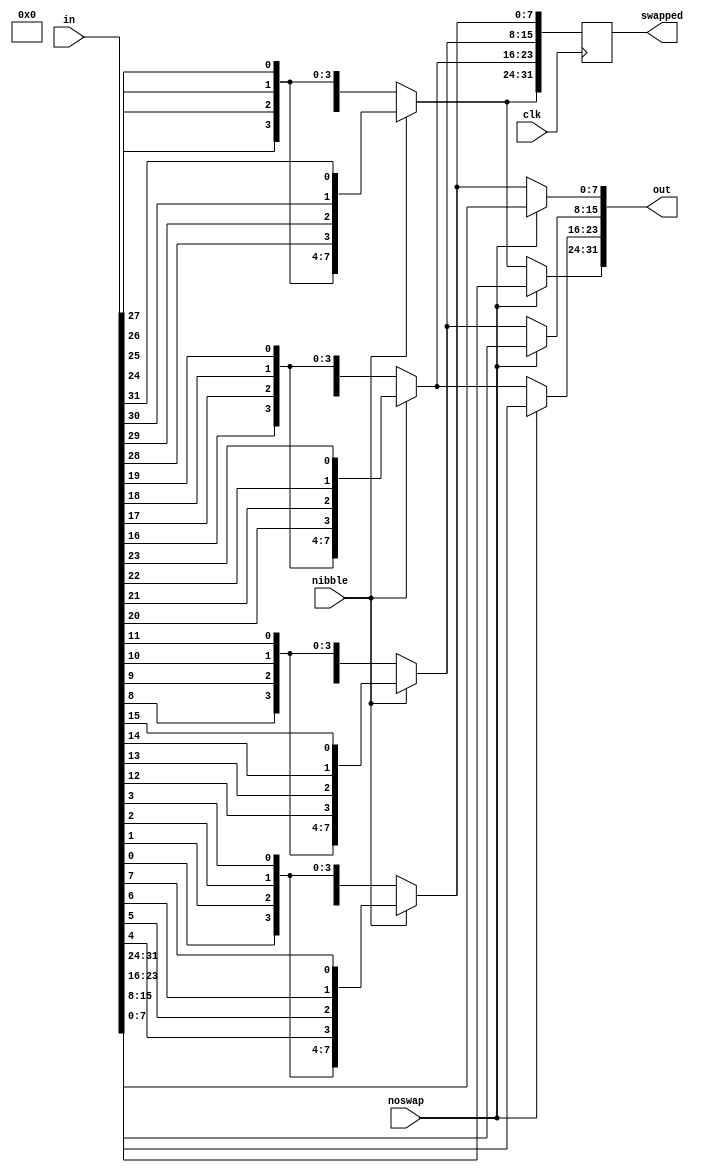
module Test_73 (
   out, swapped,
   clk, noswap, nibble, in
   );
   input clk;
   input noswap;
   input nibble;
   input  [31:0] in;
   output [31:0] out;
   output [31:0] swapped;
   function [7:0] EndianSwap;
      input Nibble;
      input [7:0] Data;
      begin
         EndianSwap = (Nibble ? { Data[0], Data[1], Data[2], Data[3],
				  Data[4], Data[5], Data[6], Data[7] }
                       : { 4'h0, Data[0], Data[1], Data[2], Data[3] });
      end
   endfunction
   assign out[31:24] = (noswap ? in[31:24]
			: EndianSwap(nibble, in[31:24]));
   assign out[23:16] = (noswap ? in[23:16]
			: EndianSwap(nibble, in[23:16]));
   assign out[15:8]  = (noswap ? in[15:8]
			: EndianSwap(nibble, in[15:8]));
   assign out[7:0]   = (noswap ? in[7:0]
			: EndianSwap(nibble, in[7:0]));
   reg [31:0] swapped;
   always @(posedge clk) begin
      swapped[31:24] <= EndianSwap(nibble, in[31:24]);
      swapped[23:16] <= EndianSwap(nibble, in[23:16]);
      swapped[15:8]  <= EndianSwap(nibble, in[15:8] );
      swapped[7:0]   <= EndianSwap(nibble, in[7:0]  );
   end
endmodule